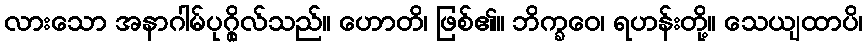
လားသော အနာဂါမ်ပုဂ္ဂိုလ်သည်။ ဟောတိ၊ ဖြစ်၏။ ဘိက္ခဝေ၊ ရဟန်းတို့။ သေယျထာပိ၊